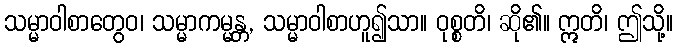
သမ္မာဝါစာတွေဝ၊ သမ္မာကမ္မန္တ, သမ္မာဝါစာဟူ၍သာ။ ဝုစ္စတိ၊ ဆို၏။ ဣတိ၊ ဤသို့။